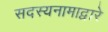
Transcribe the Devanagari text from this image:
सदस्यनामाद्वारे